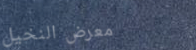
معرض النخيل